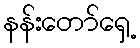
နန်းတော်ရှေ့